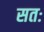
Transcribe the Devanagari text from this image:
सतः